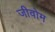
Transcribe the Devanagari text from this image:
जीवोम